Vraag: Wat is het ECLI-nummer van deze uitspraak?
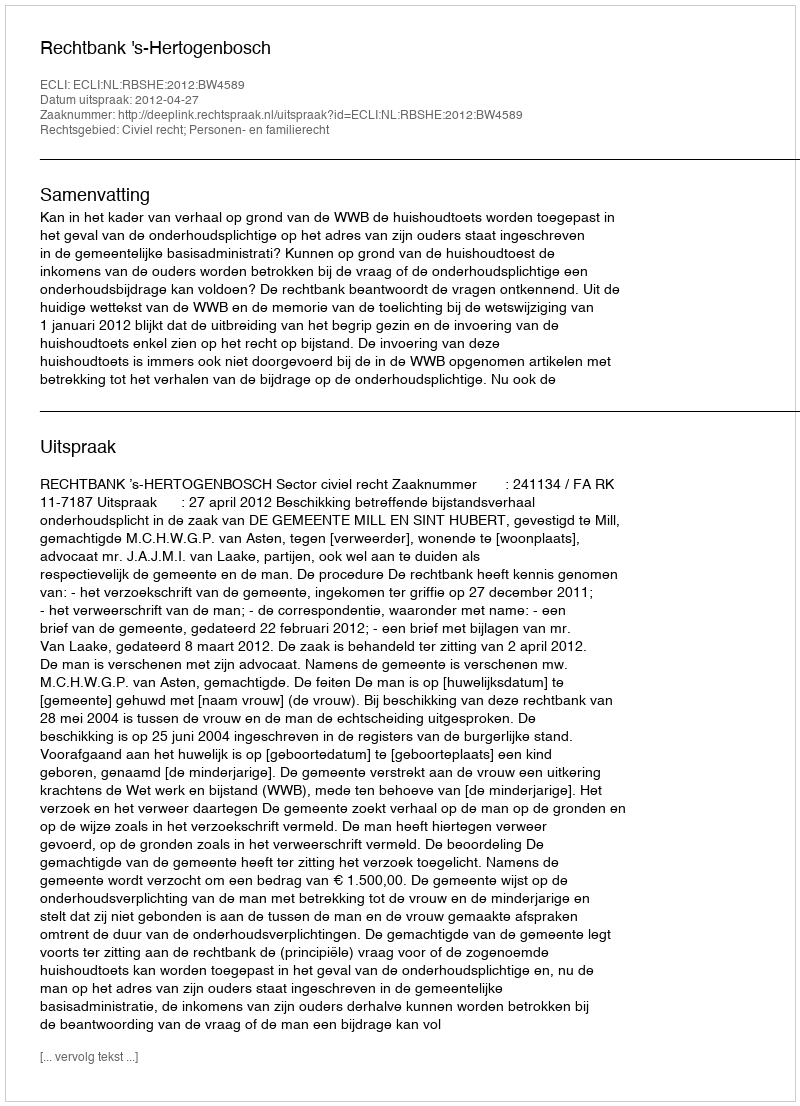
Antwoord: ECLI:NL:RBSHE:2012:BW4589